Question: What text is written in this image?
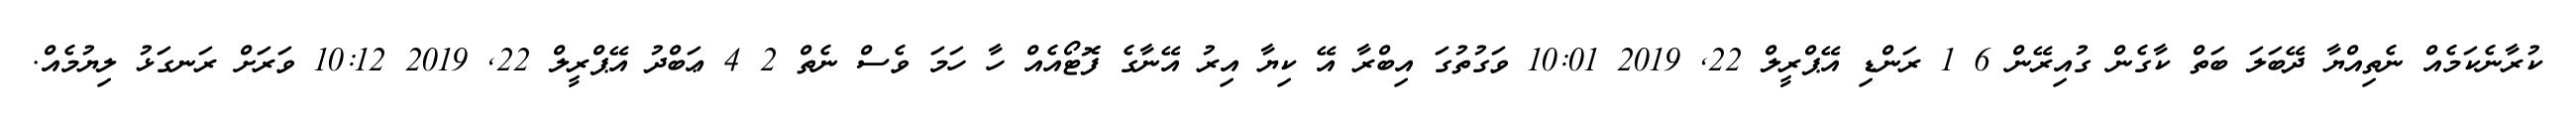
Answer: ކުރާނެކަމެއް ނެތިއްޔާ ދޭބަލަ ބަތް ކާގެން ގުއިރޭން 6 1 ރަންޑި އޭޕްރީލް 22, 2019 10:01 ވަގުތުގަ އިބްރާ އޭ ކިޔާ އިރު އޭނާގެ ފޮޓޯއެއް ހާ ހަމަ ވެސް ނެތް 2 4 ޢަބްދު އޭޕްރީލް 22, 2019 10:12 ވަރަށް ރަނގަޅު ލިޔުމެއް.